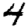
Digit: 4